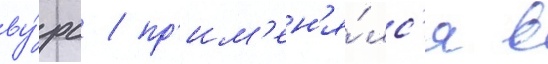
ву́рс / пр'им'ен'я́лс'я в